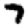
Digit: 7